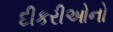
દીકરીઓનો